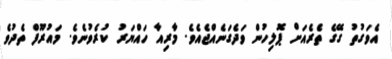
އެވަގުތު ގޭގެ ތެރެއަށް ޕޮލިހުން ވަދެގަނެއްޖެއެވެ. މާރިއާ ހައްޔަރު ކުރެވުނެވެ. މައުރޫފް ތެދުވެ